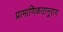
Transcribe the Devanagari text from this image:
प्रामाणिकतानुराग